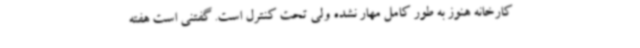
کارخانه هنوز به طور کامل مهار نشده ولی تحت کنترل است. گفتنی است هفته